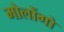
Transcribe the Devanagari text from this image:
मोलोंगो